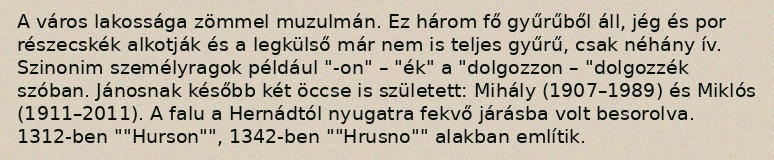
A város lakossága zömmel muzulmán. Ez három fő gyűrűből áll, jég és por részecskék alkotják és a legkülső már nem is teljes gyűrű, csak néhány ív. Szinonim személyragok például "-on" – "ék" a "dolgozzon – "dolgozzék szóban. Jánosnak később két öccse is született: Mihály (1907–1989) és Miklós (1911–2011). A falu a Hernádtól nyugatra fekvő járásba volt besorolva. 1312-ben ""Hurson"", 1342-ben ""Hrusno"" alakban említik.